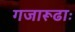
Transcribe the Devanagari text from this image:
गजारूढाः